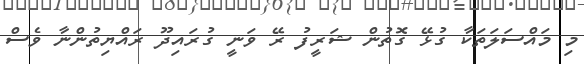
މި މައްސަލަތަކާ ގުޅޭ ގޮތުން ޝަރީފު ރޭ ވަނީ ގުރައިދޫ ރައްޔިތުންނާ ވެސް